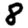
Digit: 8